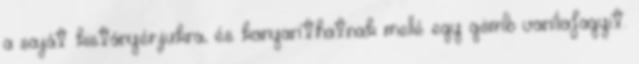
a saját kistányérjukra, és kanyaríthatnak mellé egy gömb vaníliafagyit.